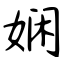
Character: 娴